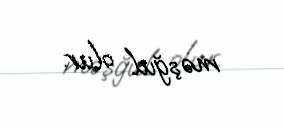
məşğul olur.